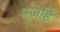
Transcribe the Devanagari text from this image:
पूजहि